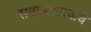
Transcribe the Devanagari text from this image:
समाजशास्त्राचं